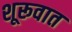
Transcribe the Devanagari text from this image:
शूरूवात